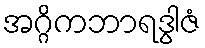
အဂ္ဂိကဘာရဒွါဇံ